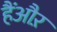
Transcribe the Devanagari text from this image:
हैंऔऱ